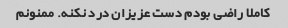
کاملا راضی بودم دست عزیزان درد نکنه. ممنونم